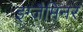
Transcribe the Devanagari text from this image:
इग्ज़ैमिनर